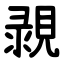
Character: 䚄